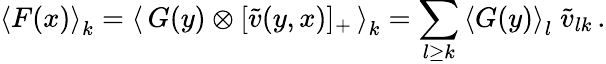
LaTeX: \left<F(x)\right>_{k}=\left<\, G(y)\otimes[\tilde{v}(y,x)]_{+}\, \right>_{k}=\sum_{l\ge k}\left<G(y)\right>_{l}\; \tilde{v}_{lk}\, .